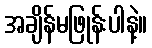
အချိန်မဖြုန်းပါနဲ့။